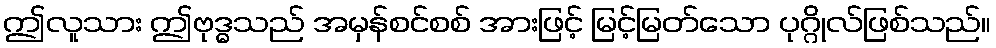
ဤလူသား ဤဗုဒ္ဓသည် အမှန်စင်စစ် အားဖြင့် မြင့်မြတ်သော ပုဂ္ဂိုလ်ဖြစ်သည်။